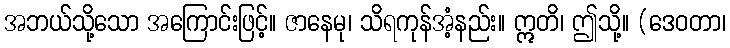
အဘယ်သို့သော အကြောင်းဖြင့်။ ဇာနေမု၊ သိရကုန်အံ့နည်း။ ဣတိ၊ ဤသို့။ (ဒေဝတာ၊